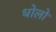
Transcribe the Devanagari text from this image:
धोलो